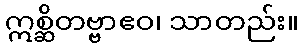
ဣစ္ဆိတဗ္ဗာဧဝ၊ သာတည်း။